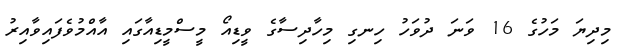
މިދިޔަ މަހުގެ 16 ވަނަ ދުވަހު ހިނގި މިހާދިސާގެ ވީޑިއޯ މީސްމީޑިއާގައި އާއްމުވެފައިވާއިރު